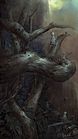
远岫出山催薄暮，细风吹雨弄轻阴。